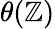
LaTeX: \theta(\mathbb{Z})